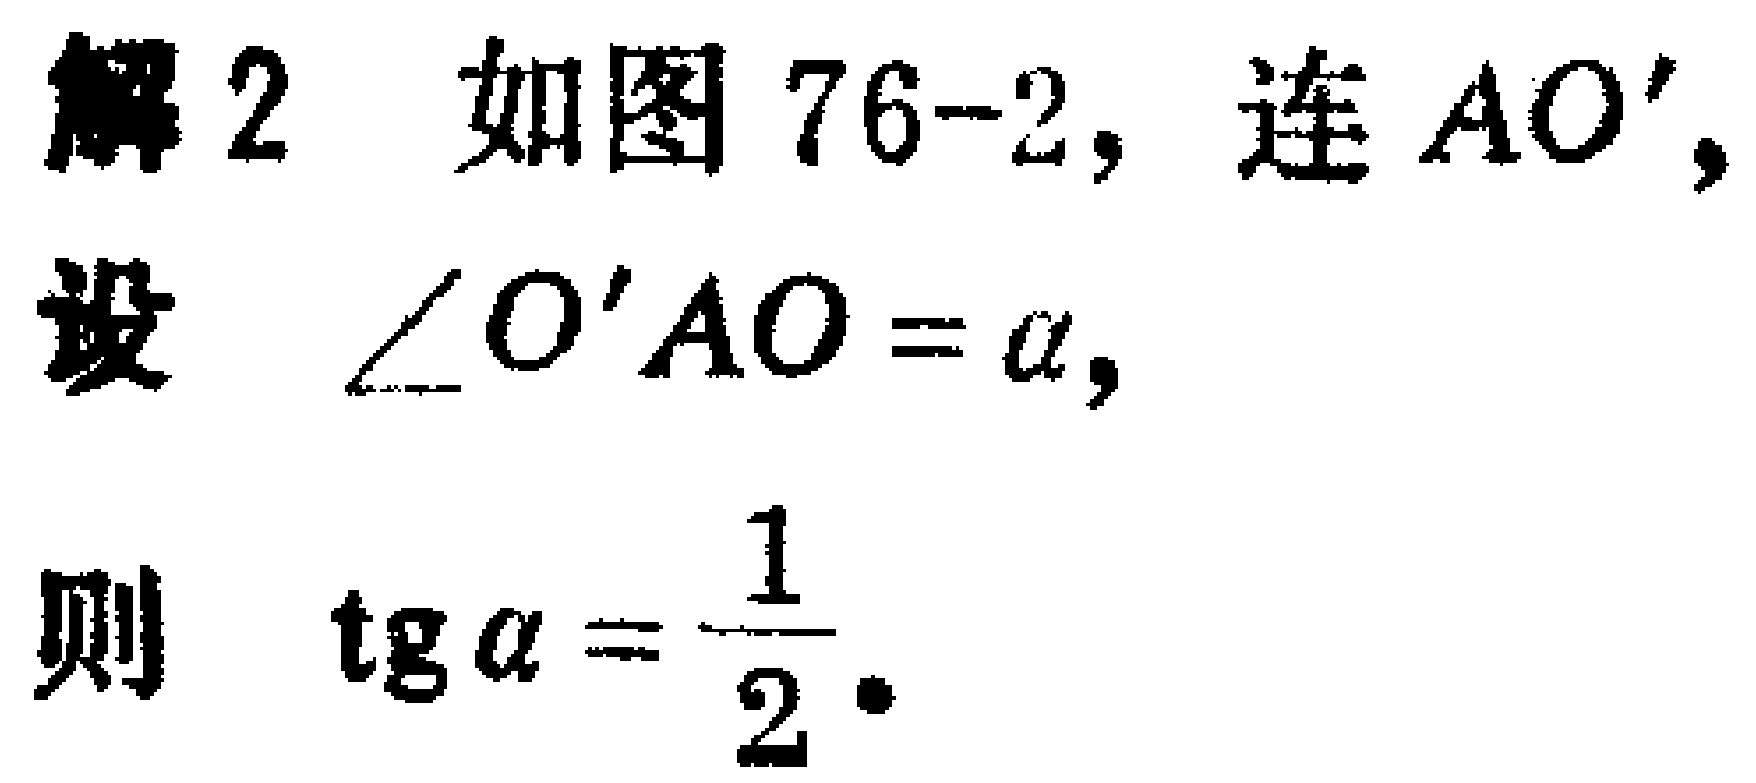
解2 如图76-2, 连 \(AO'\),
设 \(\angle O'AO = \alpha\),
则 \(\mathrm{tg}\alpha=\dfrac{1}{2}\).